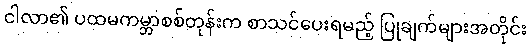
ငါလာ၏ ပထမကမ္ဘာစစ်တုန်းက စာသင်ပေးရမည့် ပြုချက်များအတိုင်း